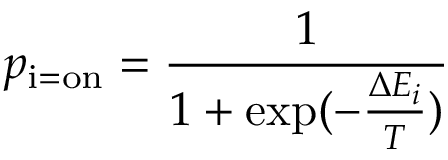
p _ { \mathrm { i = o n } } = { \frac { 1 } { 1 + \exp ( - { \frac { \Delta E _ { i } } { T } } ) } }